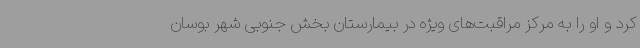
کرد و او را به مرکز مراقبت‌های ویژه در بیمارستان بخش جنوبی شهر بوسان